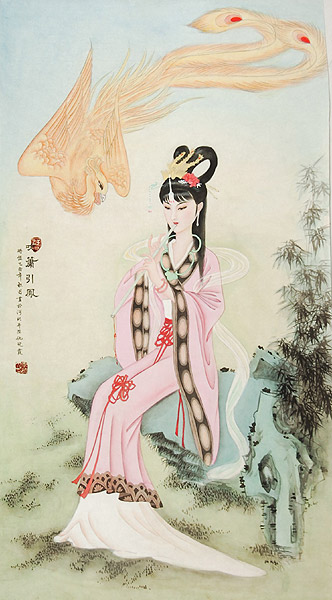
秦女含颦向烟月，愁红带露空迢迢。